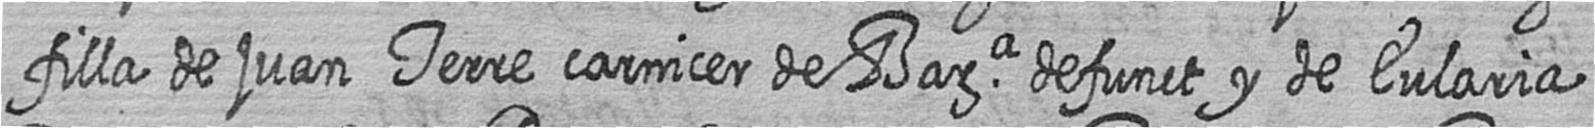
filla de juan Terre carnicer de Bara defunct y de Eularia